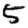
Digit: 5